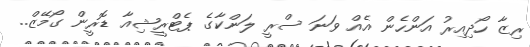
ރިޒާ ހޯދިއިރު އަންހެން އެއް ވަނަ ސްރީ ލަންކާގެ ޕެޓްރީޝިއާ ޑޮރީން ގޯމޭޒް..